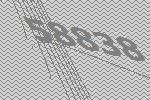
58838